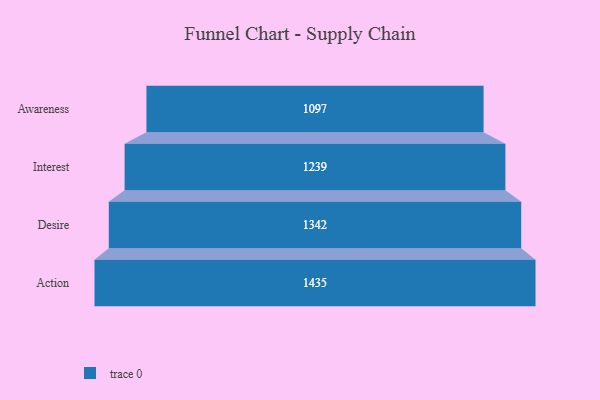
{"axis": {"x": "Stage", "y": "Value"}, "legend": [""], "data": [{"x": "Awareness", "y": 1097.0, "type": ""}, {"x": "Interest", "y": 1239.0, "type": ""}, {"x": "Desire", "y": 1342.0, "type": ""}, {"x": "Action", "y": 1435.0, "type": ""}]}